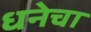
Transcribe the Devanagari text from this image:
धनेचा